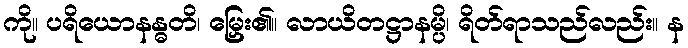
ကို။ ပရိယောနန္ဓတိ၊ မြှေး၏။ လာယိတဋ္ဌာနမ္ပိ၊ ရိတ်ရာသည်လည်း။ န